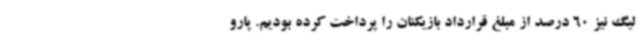
لیگ نیز 60 درصد از مبلغ قرارداد بازیکنان را پرداخت کرده بودیم. پارو